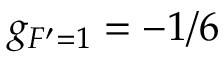
g _ { F ^ { \prime } = 1 } = - 1 / 6